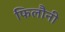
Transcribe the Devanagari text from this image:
फिलौनी